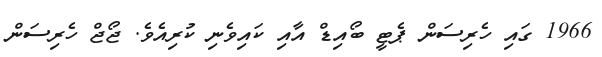
1966 ގައި ހެރިސަން ޕެޓީ ބޯއިޑް އާއި ކައިވެނި ކުރިއެވެ. ޖޯޖް ހެރިސަން